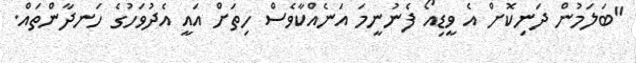
"ބަލަމުން ދަނިކޮށް އެ ވީޑިއޯ ފެނުނީމަ އަނެއްކާވެސް ހިތަށް އައީ އެދުވަހުގެ ހަނދާންތައް.